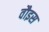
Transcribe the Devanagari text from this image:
वौइस